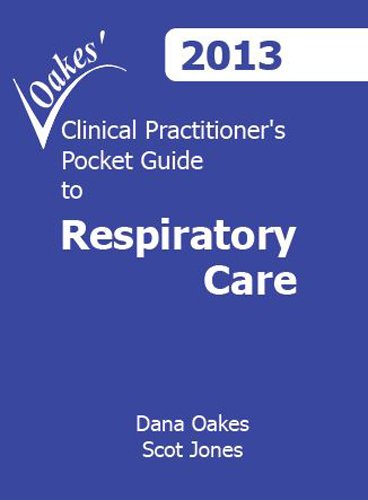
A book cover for Clinical Practitioner's Pocket Guide to Respiratory Care, 2013, 8th Edition; Dana Oakes BA RRT-NPS; Medical Books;